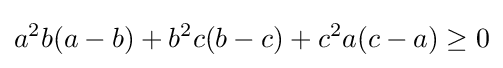
a^{2}b(a-b)+b^{2}c(b-c)+c^{2}a(c-a)\geq 0